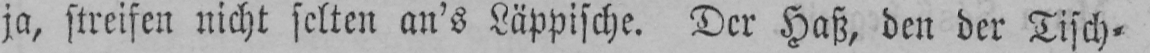
ja, streifen nicht selten an’s Läppische. Der Haß, den der Tisch-